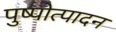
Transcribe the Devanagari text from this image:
पुष्पोत्पादन